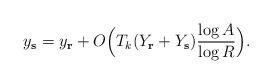
LaTeX: \begin{align*}y_{\mathbf{s}}=y_{\mathbf{r}}+O\Bigl(T_k (Y_\mathbf{r}+Y_{\mathbf{s}}) \frac{\log{A}}{\log{R}}\Bigr).\end{align*}